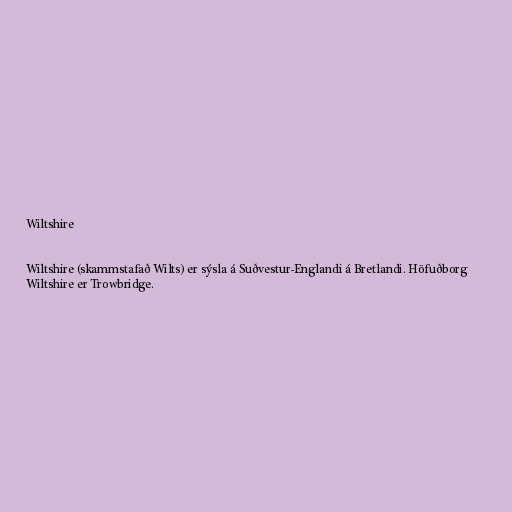
Wiltshire

Wiltshire (skammstafað Wilts) er sýsla á Suðvestur-Englandi á Bretlandi. Höfuðborg
Wiltshire er Trowbridge.